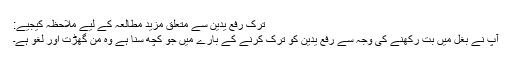
ترکِ رفع یدین سے متعلق مزید مطالعہ کے لیے ملاحظہ کیجیے:
آپ نے بغل میں بت رکھنے کی وجہ سے رفع یدین کو ترک کرنے کے بارے میں جو کچھ سنا ہے وہ من گھڑت اور لغو ہے۔